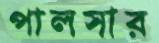
পালসার